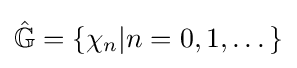
{\hat {\mathbb {G} }}=\left\{\chi _{n}|n=0,1,\dots \right\}